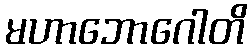
မဟာဘောဂေါတိ